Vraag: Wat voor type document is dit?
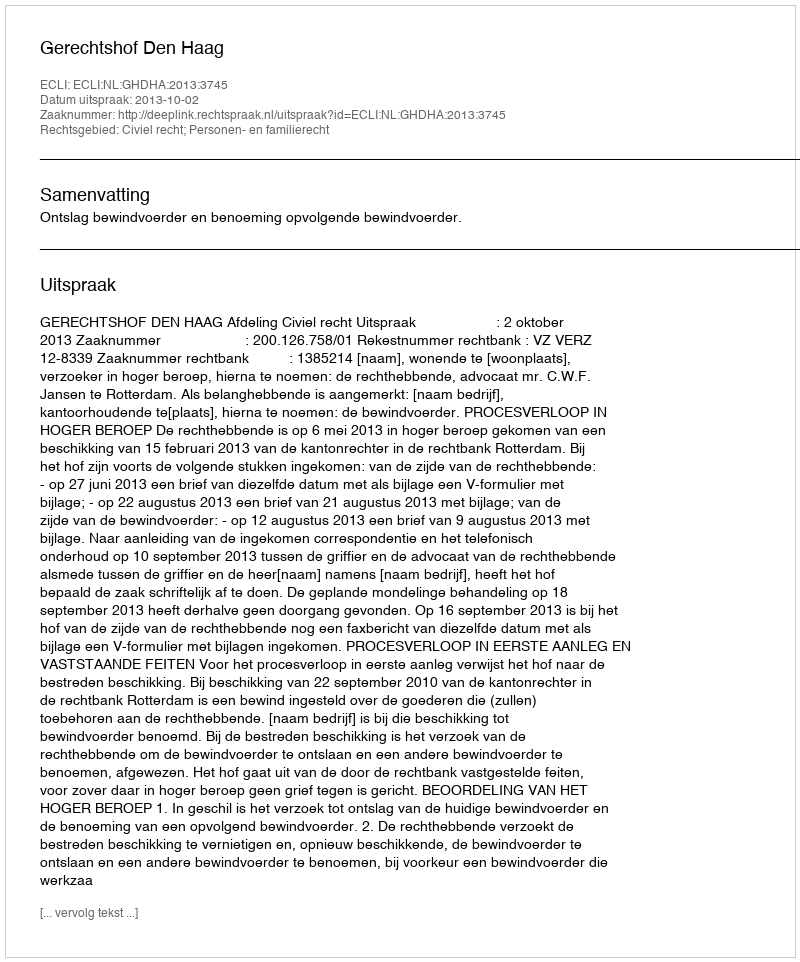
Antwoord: Uitspraak